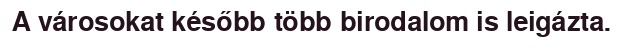
A városokat később több birodalom is leigázta.